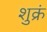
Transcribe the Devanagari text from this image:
शुक्रं